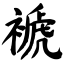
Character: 褫